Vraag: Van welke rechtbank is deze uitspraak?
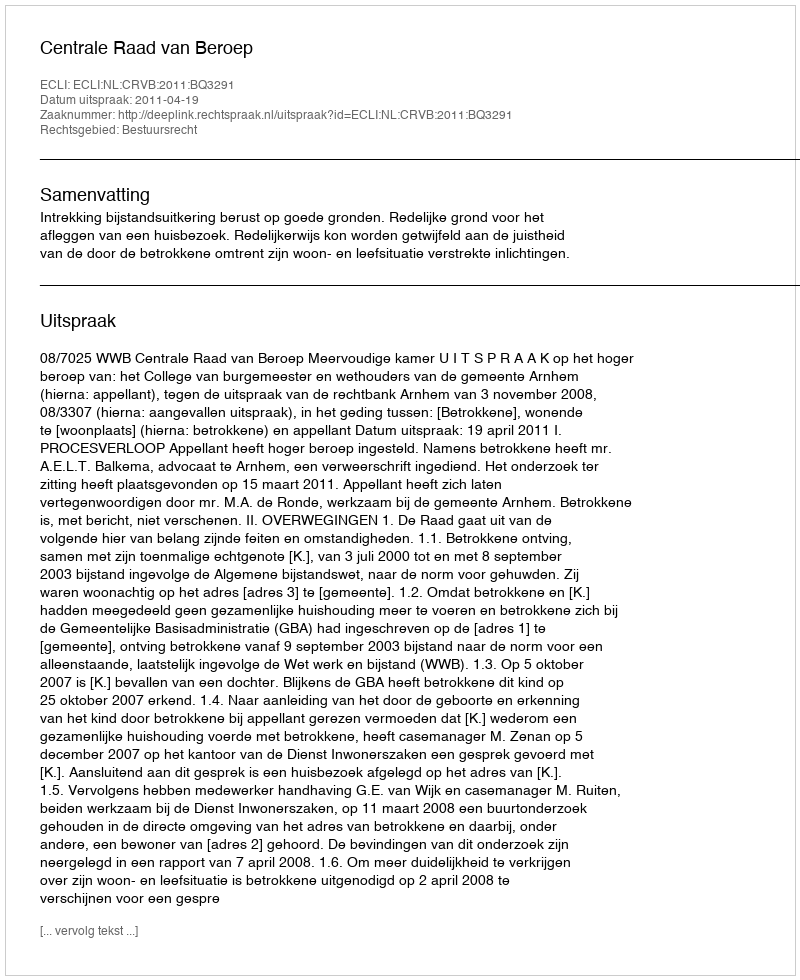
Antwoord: Centrale Raad van Beroep